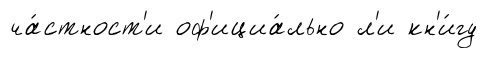
ча́стност'и оф'ициа́льно л'и кн'и́гу